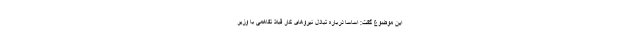
این موضوع گفت: اساسا درباره تبادل نیروهای کار قبلا تفاهمی با وزیر